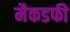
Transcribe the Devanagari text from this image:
मैकडफी